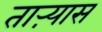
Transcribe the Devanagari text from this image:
ताऱ्यास